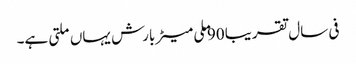
فی سال تقریبا 90 ملی میٹر بارش یہاں ملتی ہے۔